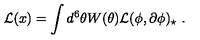
{ \cal L } ( x ) = \int d ^ { 6 } \theta W ( \theta ) { \cal L } ( \phi , \partial \phi ) _ { \star } \ .